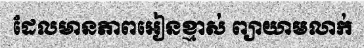
ដែលមានភាពអៀនខ្មាស់ ព្យាយាមលាក់